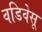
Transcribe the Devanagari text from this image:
वडिवेसू